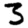
Digit: 3